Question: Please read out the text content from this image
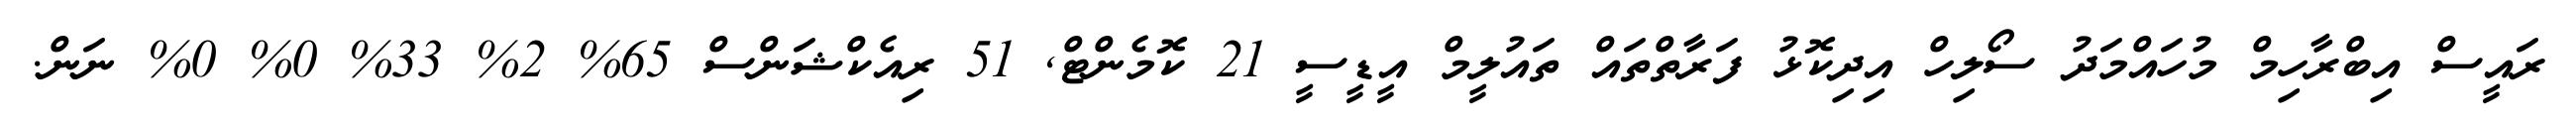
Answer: ރައީސް އިބްރާހިމް މުހައްމަދު ސޯލިހް އިދިކޮޅު ފަރާތްތައް ތައުލީމް އީޑީސީ 21 ކޮމެންޓް, 51 ރިއެކްޝަންސް 65% 2% 33% 0% 0% ނަން.